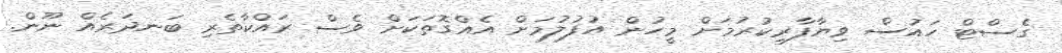
ގެސްޓް ހައުސް ވިޔާފާރިކުރުމަށް މީހުން އުފުލުމަށް އެއްގޮތަކަށް ވެސް ރައްކާތެރި ބަނދަރެއް ނޫން.